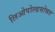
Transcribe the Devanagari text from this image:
लिओपोल्डसोबत